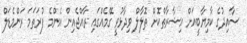
ސާއިދުގެ ކާމިޔާބީއަށް އިޝާރާތްކޮށް ޠޮލާލް ވިދާޅުވީ ގޭމެއްގައި ރާއްޖެއިން އެންމެ ފުރަތަމަ ރަންމެޑަލް